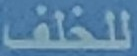
للخلف